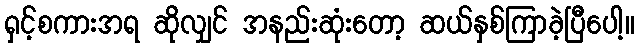
ရှင့်စကားအရ ဆိုလျှင် အနည်းဆုံးတော့ ဆယ်နှစ်ကြာခဲ့ပြီပေါ့။